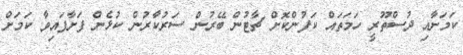
ކަމަށާއި ދުސްތޫރީ ހަމަތައް ކަފުންކޮށް ޗާޓުން ބޭރުން ސަރުކާރުން ކުޅެން ފަށާފައިވާ ކަމަށް